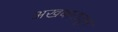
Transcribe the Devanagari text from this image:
अखबारातून